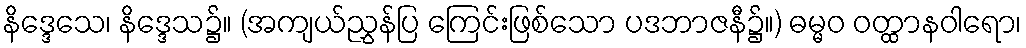
နိဒ္ဒေသေ၊ နိဒ္ဒေသ၌။ (အကျယ်ညွှန်ပြ ကြေင်းဖြစ်သော ပဒဘာဇနီ၌။) ဓမ္မဝ ဝတ္ထာနဝါရော၊